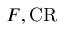
F , { \mathrm { C R } }